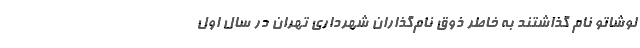
لوشاتو نام گذاشتند به خاطر ذوق نام‌گذاران شهرداری تهران در سال اول